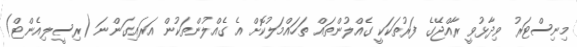
މިނިސްޓަރު ވިދާޅުވީ ރާއްޖޭގެ ފަރުތަކަކީ ގެއްލުންތައް ތަހައްމަލުކޮށް އެ ގެއްލުންތަކުން އަރައިގަންނަ (ރިސީލިއެންޓް)